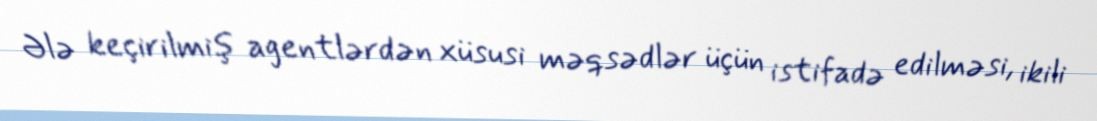
Ələ keçirilmiş agentlərdən xüsusi məqsədlər üçün istifadə edilməsi, ikili